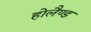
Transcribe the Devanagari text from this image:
होलैण्ड